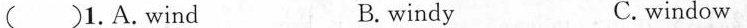
() 1. A.Wind B.windy C.window